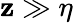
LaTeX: \mathbf{z}\gg\eta